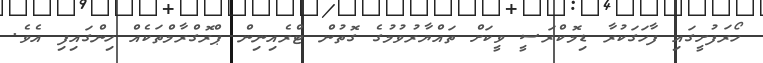
ހޯރަފުށީގައި ފާހަގަކުރާ ޑިމޮކްރަސީ ވީކަށް ތައްޔާރުވުމުގެ ގޮތުން ޓްރެއިނިން ޕްރޮގްރާމްތަކެއް ހިންގައިފި އެވެ.